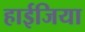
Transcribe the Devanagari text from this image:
हाईजिया